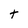
Character: t